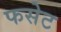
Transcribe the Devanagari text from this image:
फसेट